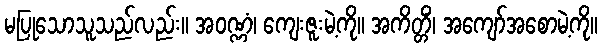
မပြုသောသူသည်လည်း။ အဝဏ္ဏံ၊ ကျေးဇူးမဲ့ကို။ အကိတ္တိံ၊ အကျော်အစောမဲ့ကို။